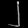
Digit: ၂